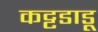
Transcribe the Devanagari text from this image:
कट्टडाडू